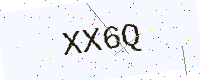
Text: XX6Q